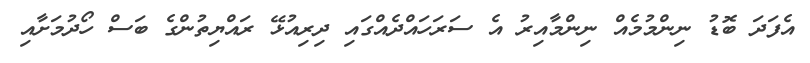
އެފަދަ ބޮޑު ނިންމުމެއް ނިންމާއިރު އެ ސަރަހައްދެއްގައި ދިރިއުޅޭ ރައްޔިތުންގެ ބަސް ހޯދުމަށާއި